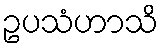
ဥပသံဟာသိ